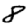
Digit: 8